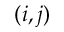
( { i , j } )